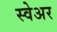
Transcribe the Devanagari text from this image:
स्वेअर